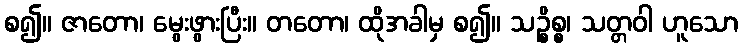
စ၍။ ဇာတော၊ မွေးဖွားပြီး။ တတော၊ ထိုအခါမှ စ၍။ သဉ္စိစ္စ၊ သတ္တဝါ ဟူသော